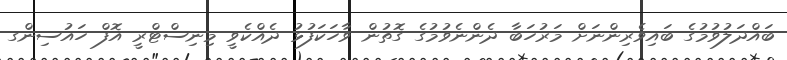
ބައްދަލުވުމުގެ ބައިވެރިންނަށް މަރުހަބާ ދެންނެވުމުގެ ގޮތުން ވާހަކަފުޅު ދެއްކެވީ މިނިސްޓްރީ އޮފް ހައުސިންގ